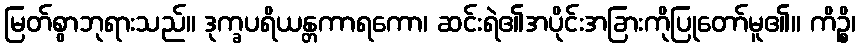
မြတ်စွာဘုရားသည်။ ဒုက္ခပရိယန္တကာရကော၊ ဆင်းရဲ၏အပိုင်းအခြားကိုပြုတော်မူ၏။ ကိဉ္စိ၊